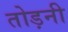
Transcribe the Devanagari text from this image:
तोड़नी